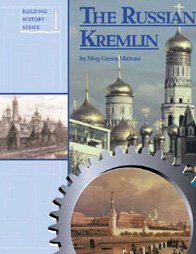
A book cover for Russian Kremlin (Building History Series); Meg Greene; Teen & Young Adult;